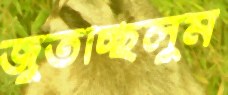
জুতচ্ছিলুম